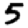
Digit: 5